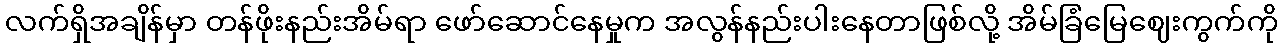
လက်ရှိအချိန်မှာ တန်ဖိုးနည်းအိမ်ရာ ဖော်ဆောင်နေမှုက အလွန်နည်းပါးနေတာဖြစ်လို့ အိမ်ခြံမြေဈေးကွက်ကို